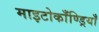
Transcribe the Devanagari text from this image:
माइटोकाँण्ड्रियाँ